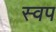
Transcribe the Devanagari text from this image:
स्वप